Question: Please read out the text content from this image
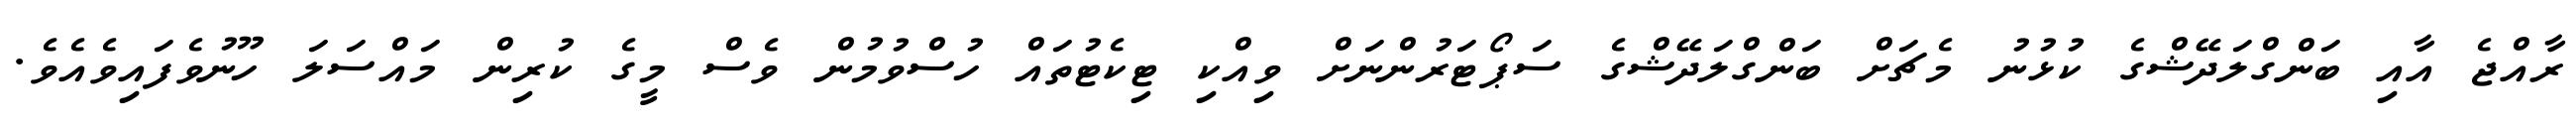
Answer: ރާއްޖެ އާއި ބަންގްލަދޭޝްގެ ކުޅުނު މެޗަށް ބަންގްލަދޭޝްގެ ސަޕޯޓަރުންނަށް ވިއްކި ޓިކެޓުތައް ހުސްވުމުން ވެސް މީގެ ކުރިން މައްސަލަ ހޫނުވެފައިވެއެވެ.